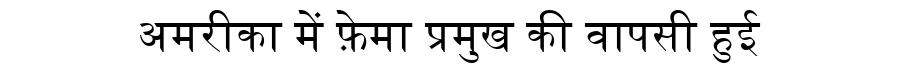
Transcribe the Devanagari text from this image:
अमरीका में फ़ेमा प्रमुख की वापसी हुई